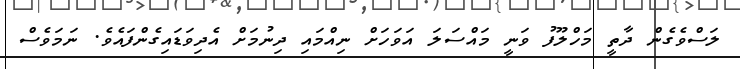
ލަސްވެގެން ދާތީ މަހްލޫފު ވަނީ މައްސަލަ އަވަހަށް ނިއްމައި ދިނުމަށް އެދިވަޑައިގެންފައެވެ. ނަމަވެސް